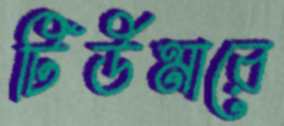
টিউমারে